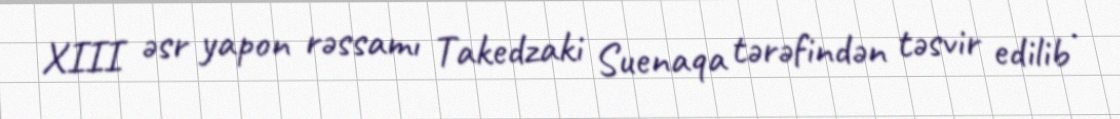
XIII əsr yapon rəssamı Takedzaki Suenaqa tərəfindən təsvir edilib .